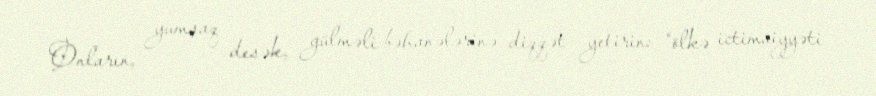
Onların, yumşaq desək, gülməli bəhanələrinə diqqət yetirin: “ölkə ictimaiyyəti